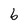
Character: b